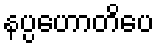
နပ္ပဟောတိပေ